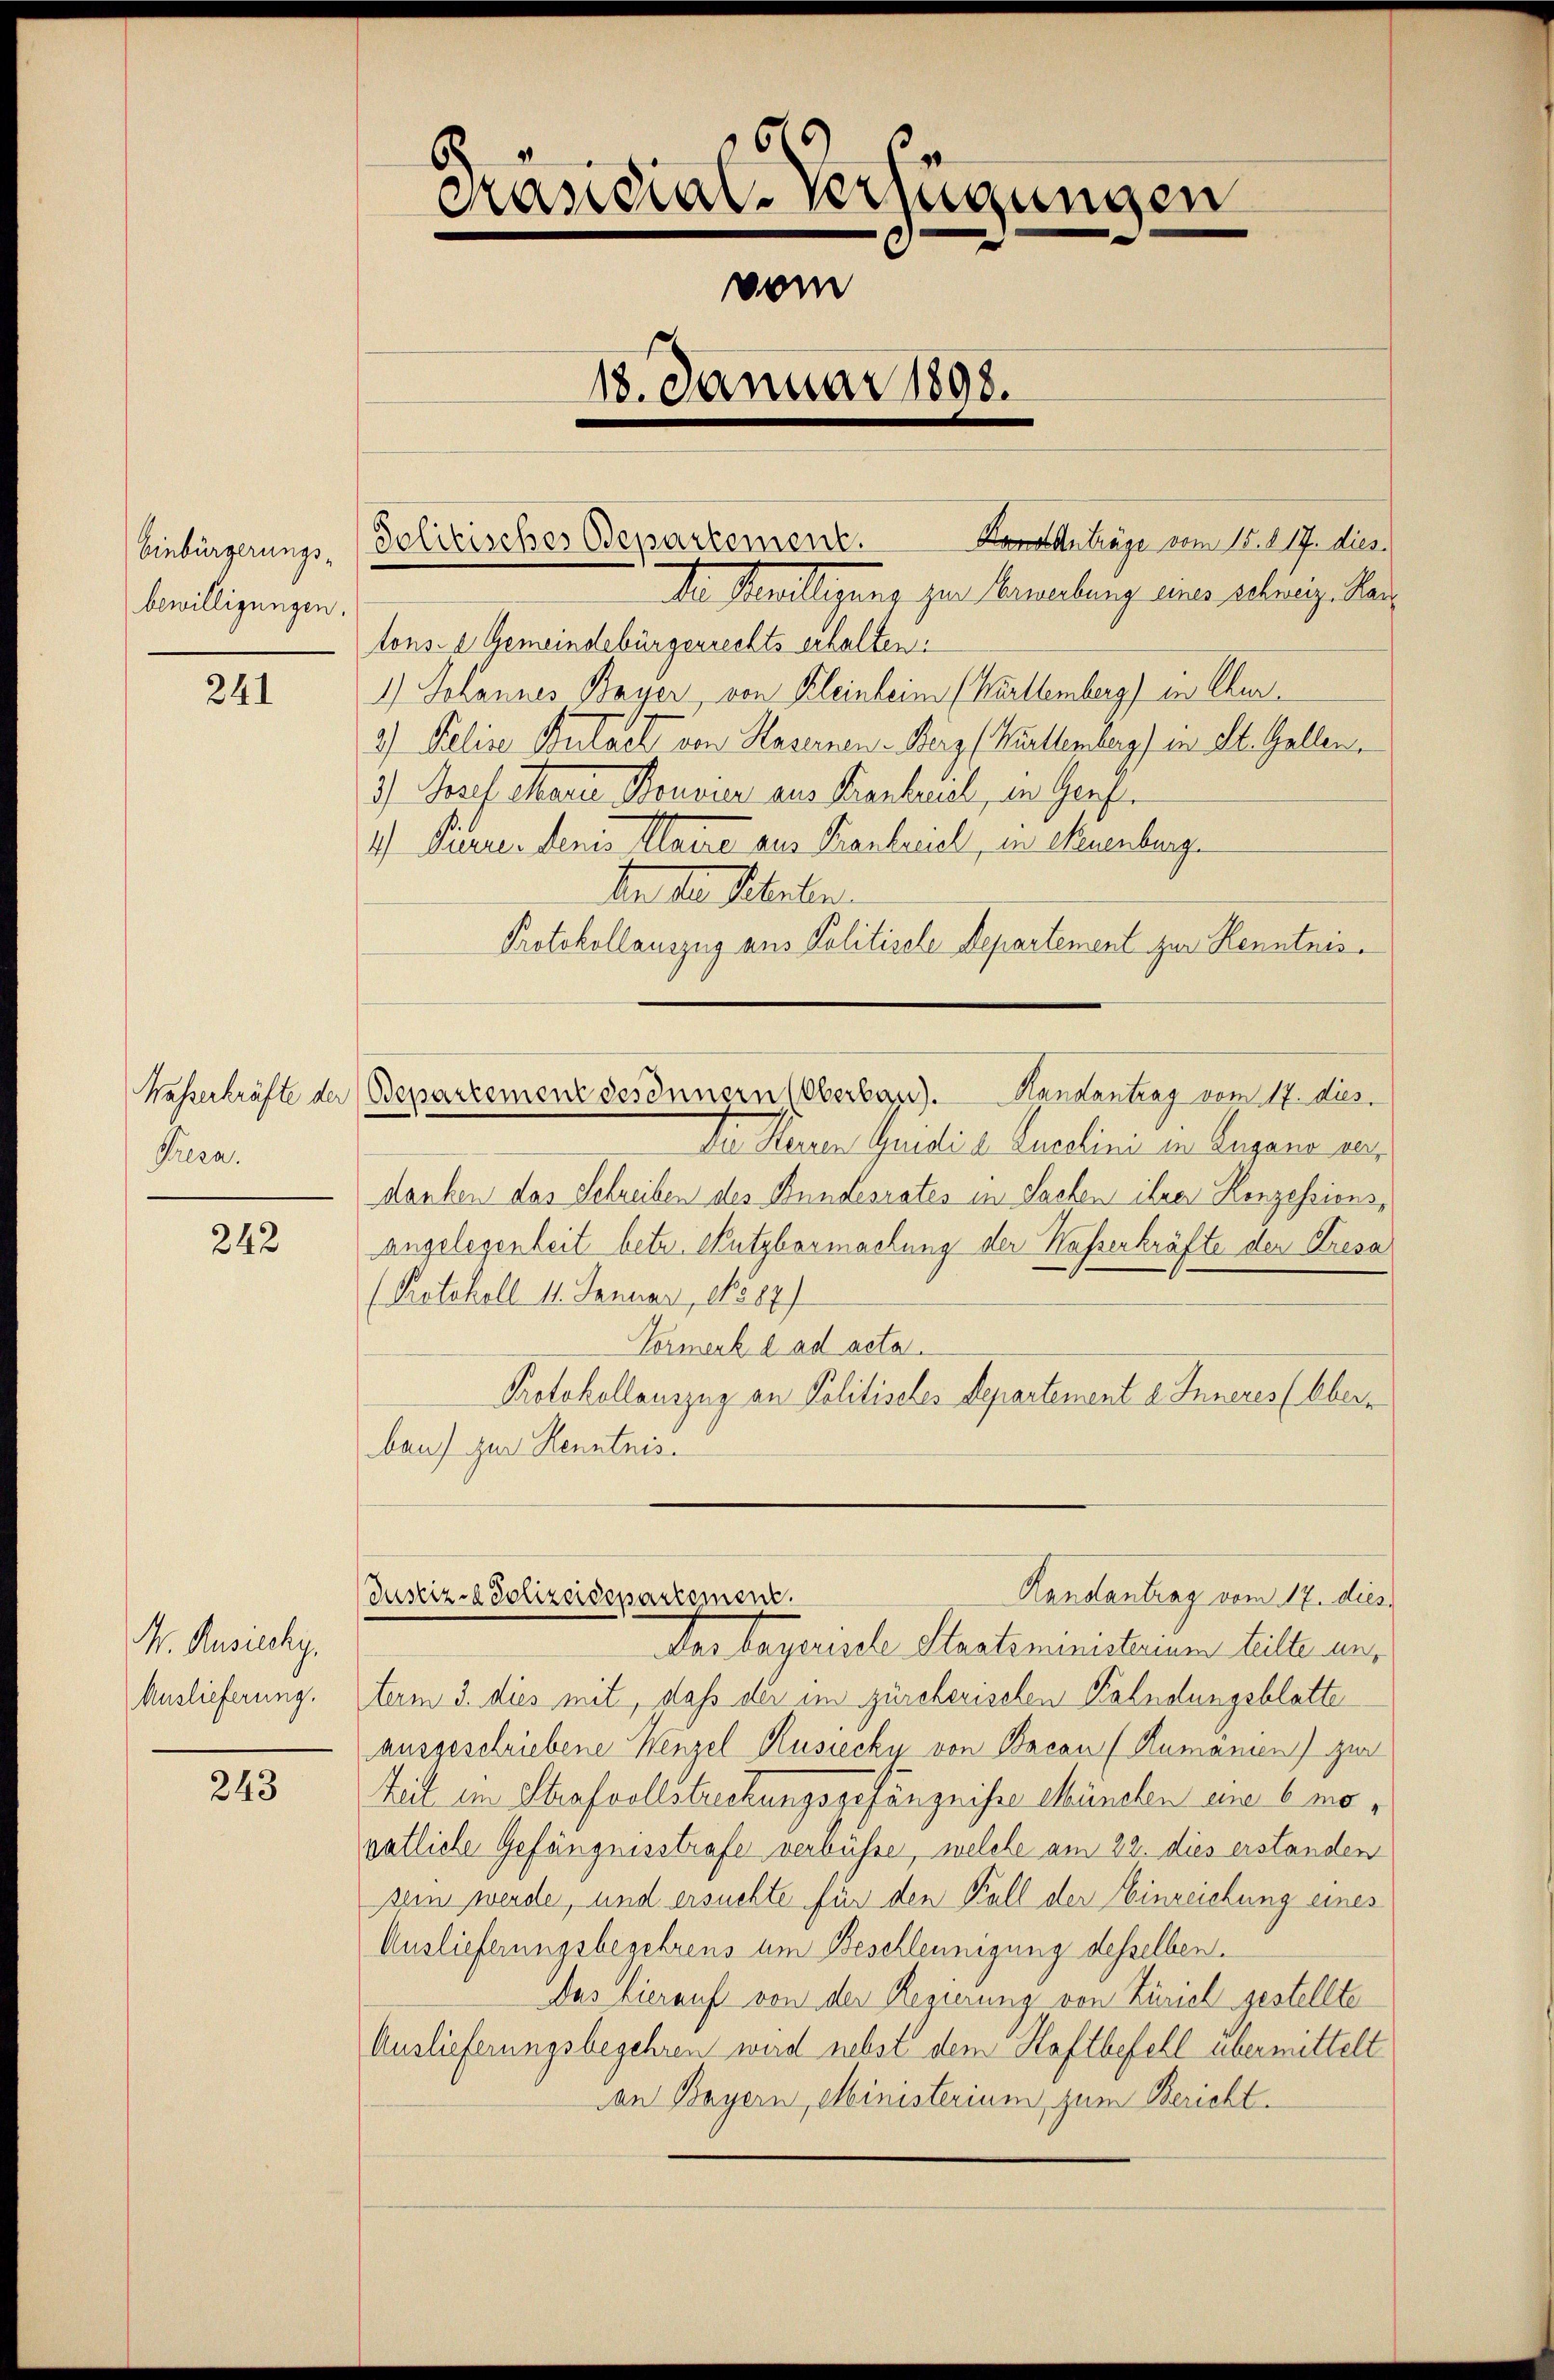
Einbürgerungs-
bewilligungen.

241

Preen.

242

M. Ausiechy,
Auslieferung.

243

Die Milligung zur Keimelung eine selig. Mai
tons- 2 Gemeindebürgerrechts erhalten.
1.) Johannes Bayer von Kleinheim (Werttemberg) in Chur¬
2.) Peline Butaet von Hasenen - Benz Kellenberg) in St. Gallen,
3) Josef Marie Bonvier aus Kentuel, in Genf
1) Pürren denes Waize aus Frankreich, in Neuenburg
den der Meilen.
Protokollauszug aus Politische Departement zur Kenntnis¬

Da Heren Guidi v. Lucclini in Augene an
danken das Schreiben des Bundesrates in Sachen ihrer Konzessions¬
Angelegenheit betr. Nutzbarmachung der Hasserkräfte der Kresa
(Protokoll 11. Januar 18887)
Vormerk d ad acta.
Protokollauszug an Politisches Departement a Inneres (Obern
bau zur Kenntnis.

65
Kandial-Verfügungen
vom
18. Januar 1898.

Hons Anträge vom 15. d. 17. dies
Solitisches Departement.

Waßerkräfte der Bepartement des Innern (Oberbau). Handantrag vom 17. dies

das bayerische Staatsministerium teilte untum 3. dies mit, daß der im zürcherischen Kalndungsblatte
ausgeschriebene Wenzel Rusiecki von Bacan (Rumanien) zur
Zeit ein Strafvollstreckungsgefängnisse München ein 6 mopatliche Gefängnisstrafe verbühre, welche am 22. dies erstanden
sein werde, und ersuchte für den Fall der Einreichung eines
Auslieferungsbegehrens um Beschleunigung desselben.
Das hierauf von der Regierung von Zürich gestellte
Auslieferungsbegehren wird nebst dem Haftbefehl übermittelt
an Bayern, Ministerium, zum Bericht.

Handantrag vom 17. dies
Justiz- & Polizeidepartement.